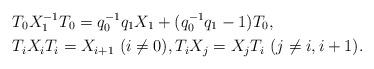
LaTeX: \begin{align*} &T_0X_1^{-1}T_0=q_0^{-1}q_1X_1+(q_0^{-1}q_1-1)T_0,\\&T_iX_iT_i=X_{i+1} ~(i\neq0),T_iX_j=X_jT_i ~(j\neq i,i+1).\end{align*}